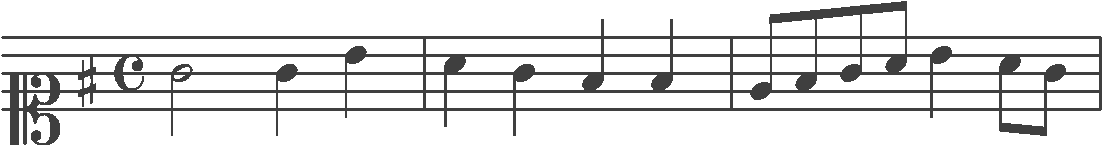
Transcription: clef-C1 keySignature-GM timeSignature-C note-G4_half note-G4_quarter note-B4_quarter barline note-A4_quarter note-G4_quarter note-F#4_quarter note-F#4_quarter barline note-E4_eighth note-F#4_eighth note-G4_eighth note-A4_eighth note-B4_quarter note-A4_eighth note-G4_eighth barline